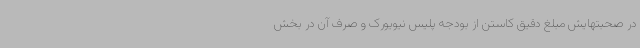
در صحبتهایش مبلغ دقیق کاستن از بودجه پلیس نیویورک و صرف آن در بخش